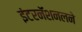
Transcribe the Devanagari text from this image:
इंटरनॅशनलने